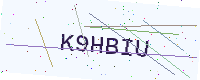
Text: K9HBIU